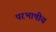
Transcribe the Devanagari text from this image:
परभाषीय